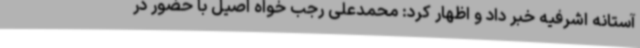
آستانه اشرفیه خبر داد و اظهار کرد: محمدعلی رجب خواه اصیل با حضور در